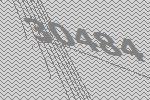
30484